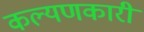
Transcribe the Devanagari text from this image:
कल्यणकारी